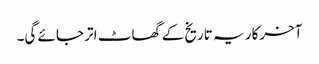
آخرکار یہ تاریخ کے گھاٹ اتر جائے گی۔